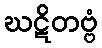
ဃဋိတဗ္ဗံ